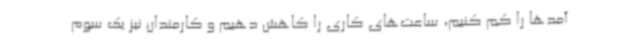
آمدها را کم کنیم، ساعت‌های کاری را کاهش دهیم و کارمندان نیز یک سوم